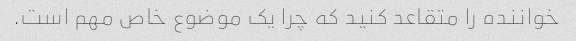
خواننده را متقاعد کنید که چرا یک موضوع خاص مهم است.